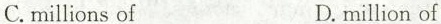
C.millions of D.million of